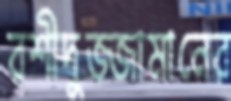
রশীদুজ্জামানের